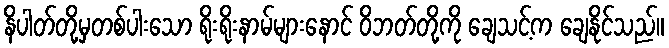
နိပါတ်တို့မှတစ်ပါးသော ရိုးရိုးနာမ်များနောင် ဝိဘတ်တို့ကို ချေသင့်က ချေနိုင်သည်။